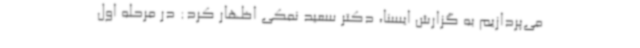
می‌پردازیم به گزارش ایسنا، دکتر سعید نمکی اظهار کرد: در مرحله اول